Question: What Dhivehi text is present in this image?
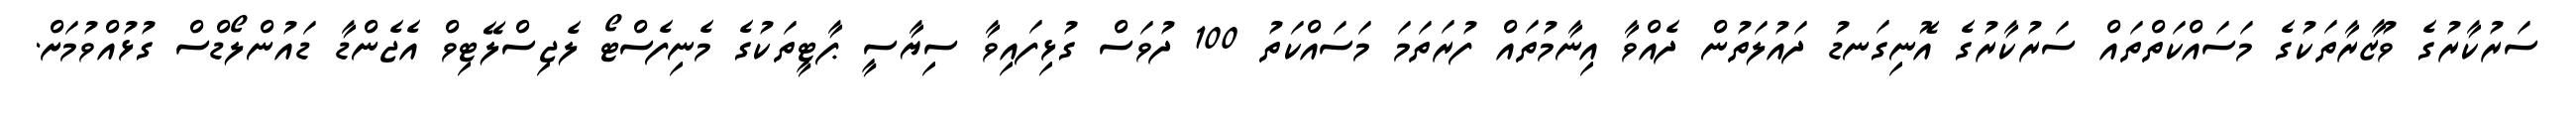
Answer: ސަރުކާރުގެ ވުޒާރާތަކުގެ މަސައްކަތްތައް ސަރުކާރުގެ އޮނިގަނޑު ދައުލަތުން ދެއްވާ އިނާމުތައް ފުރަތަމަ މަސައްކަތު 100 ދުވަސް ގުޅިފައިވާ ސިޔާސީ ޕާޓީތަކުގެ މެނިފެސްޓޯ ލެޖިސްލޭޓިވް އެޖެންޑާ ޑައުންލޯޑްސް ގުޅުއްވުމަށް.